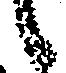
候